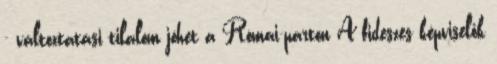
- változtatási tilalom jöhet a Római-parton A fideszes képviselők